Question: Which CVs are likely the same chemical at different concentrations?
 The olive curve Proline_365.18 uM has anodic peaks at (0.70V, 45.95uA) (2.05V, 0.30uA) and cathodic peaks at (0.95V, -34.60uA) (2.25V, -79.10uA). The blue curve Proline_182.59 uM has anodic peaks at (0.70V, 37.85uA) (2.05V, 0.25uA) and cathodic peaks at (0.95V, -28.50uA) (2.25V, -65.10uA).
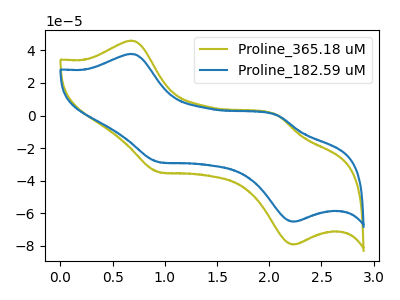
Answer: <think>All the peaks in "Proline_365.18 uM" have a peak in "Proline_182.59 uM" at the same potential. Every peak in "Proline_365.18 uM" is higher than every peak in "Proline_182.59 uM".
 </think>
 <answer>"Proline_182.59 uM" and "Proline_365.18 uM" have the same shape and are likely CV's of the same chemical.</answer>
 <eval>"Proline_182.59 uM" "Proline_365.18 uM"</eval>